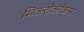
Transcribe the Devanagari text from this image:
मिकरोकोक्स